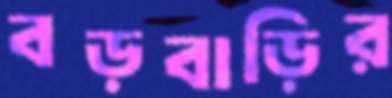
বড়বাড়ির